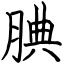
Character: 腆